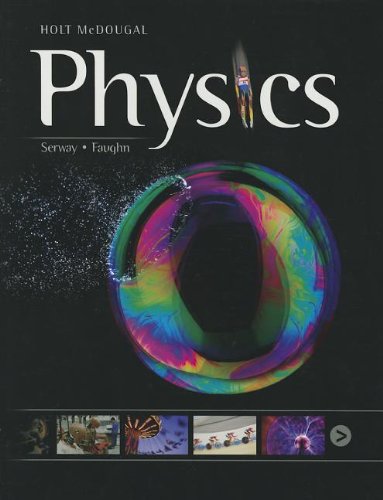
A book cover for Holt McDougal Physics: Student Edition 2012; Raymond A.Serway; Reference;